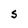
Character: S